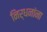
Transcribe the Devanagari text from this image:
निर्धनांना